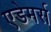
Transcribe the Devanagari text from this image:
एडेमर्स